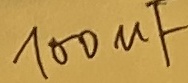
Text: 100uF